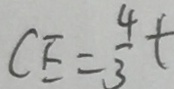
C E = \frac { 4 } { 3 } t